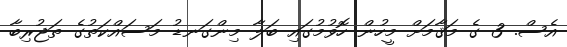
އެސް. 3 ގެ މަޤާމަށް މީހުން ހޮވުމުގައި ބަލާ މިންގަނޑު މަސައްކަތުގެ ތަޖުރިބާ